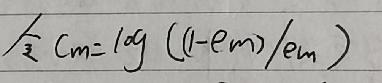
$ \hat{y}_{cm}=\log\left(\frac{(1 - e_{m})}{e_{m}}\right)$